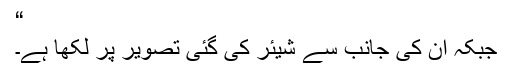
“
جبکہ ان کی جانب سے شیئر کی گئی تصویر پر لکھا ہے۔